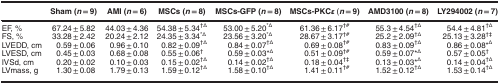
<table><thead><tr><td><b> </b></td><td><b>Sham (<i>n</i>=9)</b></td><td><b>AMI (<i>n</i>=6)</b></td><td><b>MSCs (<i>n</i>=8)</b></td><td><b>MSCs-GFP (<i>n</i>=8)</b></td><td><b>MSCs-PKC<i>ɛ</i> (<i>n</i>=9)</b></td><td><b>AMD3100 (<i>n</i>=8)</b></td><td><b>LY294002 (<i>n</i>=7)</b></td></tr></thead><tbody><tr><td>EF, %</td><td>67.24±5.82</td><td>44.03±4.36</td><td>54.38±5.34<sup>†Δ</sup></td><td>53.00±5.20<sup>*Δ</sup></td><td>61.36±6.17<sup>†#</sup></td><td>55.3±4.54<sup>†Δ</sup></td><td>54.4±4.81<sup>†Δ</sup></td></tr><tr><td>FS, %</td><td>33.28±2.42</td><td>20.24±2.12</td><td>24.35±3.34<sup>*Δ</sup></td><td>23.56±3.20<sup>*Δ</sup></td><td>28.67±3.17<sup>†#</sup></td><td>25.2±2.09<sup>†Δ</sup></td><td>25.13±3.28<sup>†‡</sup></td></tr><tr><td>LVEDD, cm</td><td>0.59±0.06</td><td>0.96±0.10</td><td>0.82±0.09<sup>†Δ</sup></td><td>0.84±0.07<sup>†Δ</sup></td><td>0.69±0.08<sup>†#</sup></td><td>0.83±0.09<sup>†Δ</sup></td><td>0.86±0.08*<sup>Δ</sup></td></tr><tr><td>LVESD, cm</td><td>0.45±0.03</td><td>0.68±0.08</td><td>0.55±0.06<sup>†</sup></td><td>0.59±0.03*<sup>Δ</sup></td><td>0.51±0.09<sup>†#</sup></td><td>0.59±0.07*<sup>Δ</sup></td><td>0.57±0.05<sup>†</sup></td></tr><tr><td>IVSd, cm</td><td>0.20±0.02</td><td>0.10±0.03</td><td>0.15±0.02<sup>†Δ</sup></td><td>0.14±0.02<sup>†Δ</sup></td><td>0.18±0.04<sup>†‡</sup></td><td>0.13±0.03*<sup>Δ</sup></td><td>0.14±0.04<sup>†Δ</sup></td></tr><tr><td>LVmass, g</td><td>1.30±0.08</td><td>1.79±0.13</td><td>1.59±0.12<sup>†Δ</sup></td><td>1.58±0.10<sup>†Δ</sup></td><td>1.41±0.11<sup>†#</sup></td><td>1.52±0.12<sup>†Δ</sup></td><td>1.53±0.14<sup>†Δ</sup></td></tr></tbody></table>